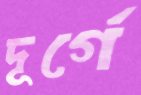
দূর্গে